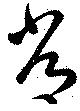
常